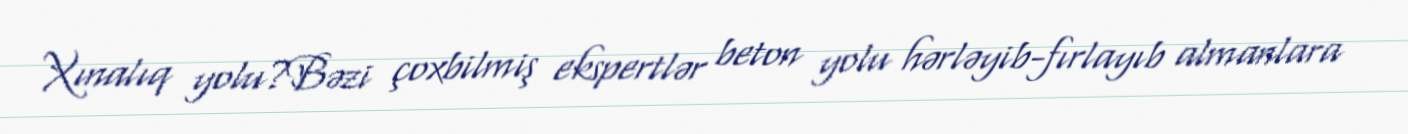
Xınalıq yolu?Bəzi çoxbilmiş ekspertlər beton yolu hərləyib-fırlayıb almanlara